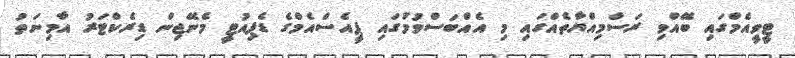
ޓީވީއެމްގައި ބޭއްވި ރަސްމިއްޔާތެއްގައި މި އެއްބަސްވުމުގައި ޕީއެސްއެމްގެ ޑެޕިއުޓީ މެނޭޖިން ޑިރެކްޓަރު އާމިނަތު